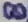
Text: 8